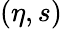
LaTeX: (\eta,s)